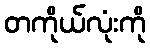
တကိုယ်လုံးကို